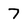
Character: 7